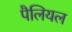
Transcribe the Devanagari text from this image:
पैलियल